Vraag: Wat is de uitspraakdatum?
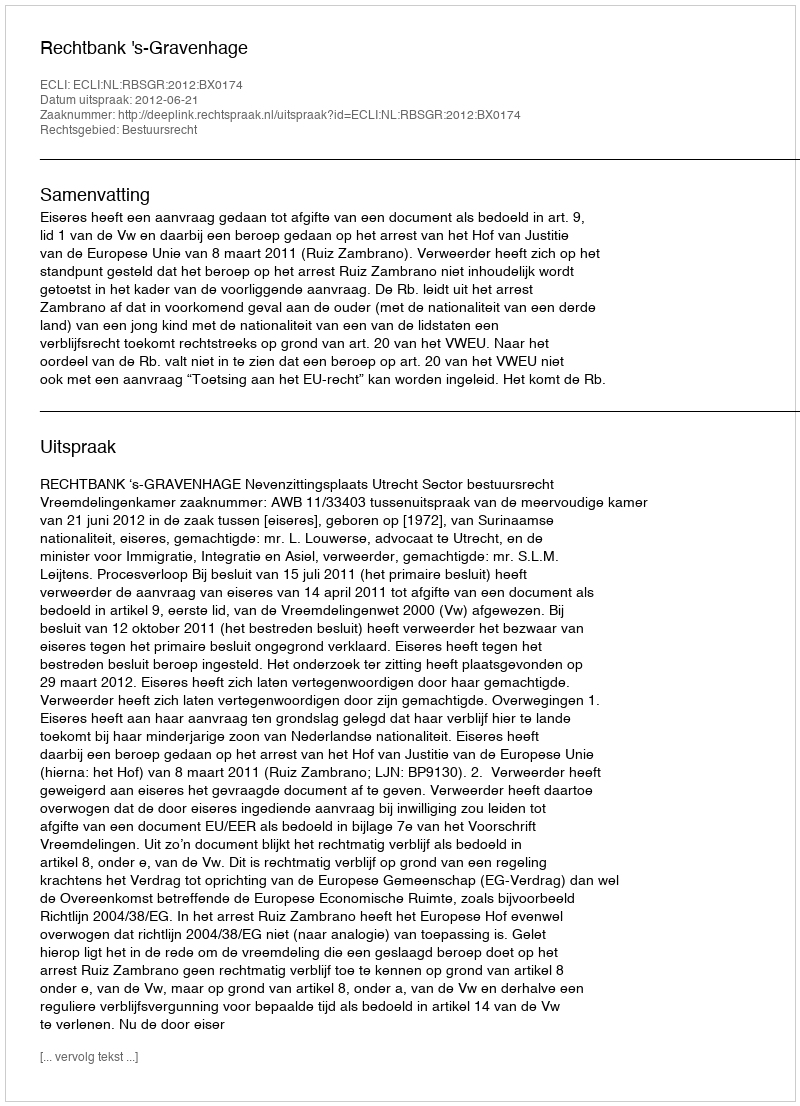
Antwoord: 2012-06-21